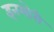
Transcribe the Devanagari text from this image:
इनमोरी